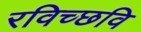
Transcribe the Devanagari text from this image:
रविच्छवि